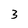
Character: 3